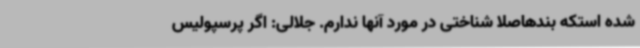
شده استکه بندهاصلا شناختی در مورد آنها ندارم. جلالی: اگر پرسپولیس